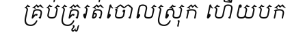
គ្រប់គ្រួរត់ចោលស្រុក ហើយបក